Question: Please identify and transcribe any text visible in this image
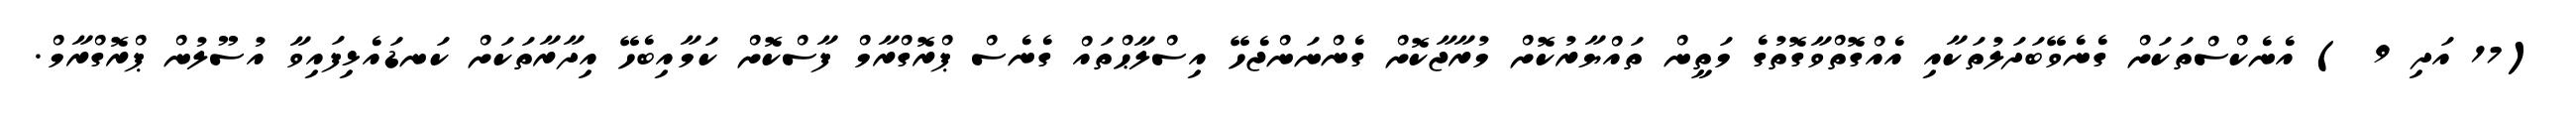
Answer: (17 އަދި 9 ) އެނެކްސްތަކަށް ގެނެވޭބަދަލުތަކާއި އެއްގޮތްވާގޮތުގެ މަތީން ތައްޔާރުކޮށް މުރާޖާކޮށް ގެންނަންޖެހޭ އިސްލާޙްތައް ގެނެސް ޕްރޮގްރާމް ފާސްކޮށް ކަމާއިބެހޭ އިދާރާތަކަށް ކަނޑައެޅިފައިވާ އުސޫލުން ޕްރޮގްރާމް.